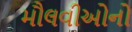
મૌલવીઓનો